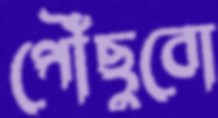
পৌঁছুবো